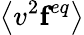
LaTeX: \left\langle v^{2}\textbf{f}^{eq}\right\rangle